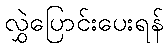
လွှဲပြောင်းပေးရန်